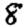
Digit: 8